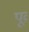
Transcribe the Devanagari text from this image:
पूव्र